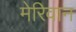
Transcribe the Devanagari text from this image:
मेरिवान